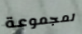
لمجموعة